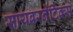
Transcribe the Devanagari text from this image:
सायबरनेटिक्स